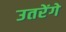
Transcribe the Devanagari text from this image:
उतरेंगे